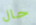
حال